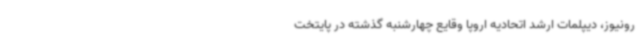
رونیوز، دیپلمات ارشد اتحادیه اروپا وقایع چهارشنبه گذشته در پایتخت